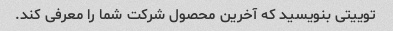
توییتی بنویسید که آخرین محصول شرکت شما را معرفی کند.